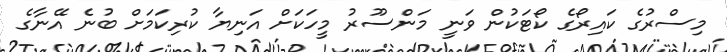
މިސްރުގެ ކައިރޯގެ ކޯޓަކުން ވަނީ މަންސޫރު މީހަކަށް އަނިޔާ ކުރިކަމަށް ބުނެ އޭނާގެ